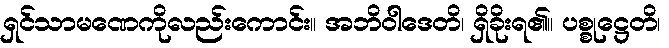
ရှင်သာမဏေကိုလည်းကောင်း။ အဘိဝါဒေတိ၊ ရှိခိုးရ၏။ ပစ္စုဋ္ဌေတိ၊